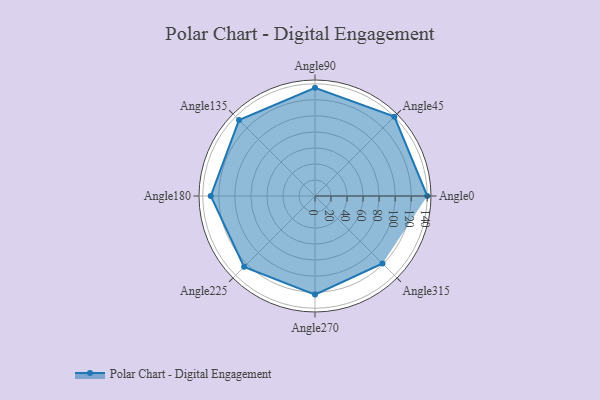
{"axis": {"x": "Angle", "y": "Radius"}, "legend": [""], "data": [{"x": "Angle0", "y": 140.0, "type": ""}, {"x": "Angle45", "y": 140.0, "type": ""}, {"x": "Angle90", "y": 135.0, "type": ""}, {"x": "Angle135", "y": 134.0, "type": ""}, {"x": "Angle180", "y": 130.0, "type": ""}, {"x": "Angle225", "y": 125.0, "type": ""}, {"x": "Angle270", "y": 123.0, "type": ""}, {"x": "Angle315", "y": 119.0, "type": ""}]}